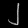
Digit: ၂